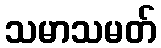
သမာသမတ်